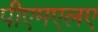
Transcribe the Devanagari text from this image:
पीएमएलए